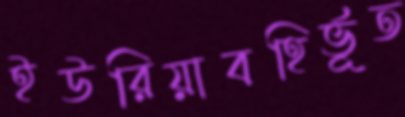
ইউরিয়াবহির্ভূত